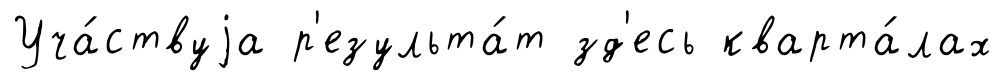
Уча́ствуjа р'езульта́т зд'есь кварта́лах